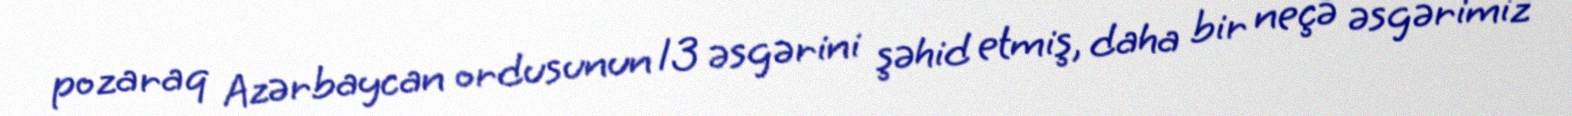
pozaraq Azərbaycan ordusunun 13 əsgərini şəhid etmiş, daha bir neçə əsgərimiz